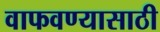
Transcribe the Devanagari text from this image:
वाफवण्यासाठी